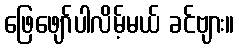
ဖြေဖျော်ပါလိမ့်မယ် ခင်ဗျား။